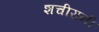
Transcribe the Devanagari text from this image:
शचीरानी